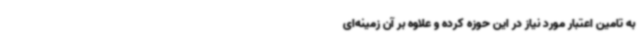
به تامین اعتبار مورد نیاز در این حوزه کرده و علاوه بر آن زمینه‌ای